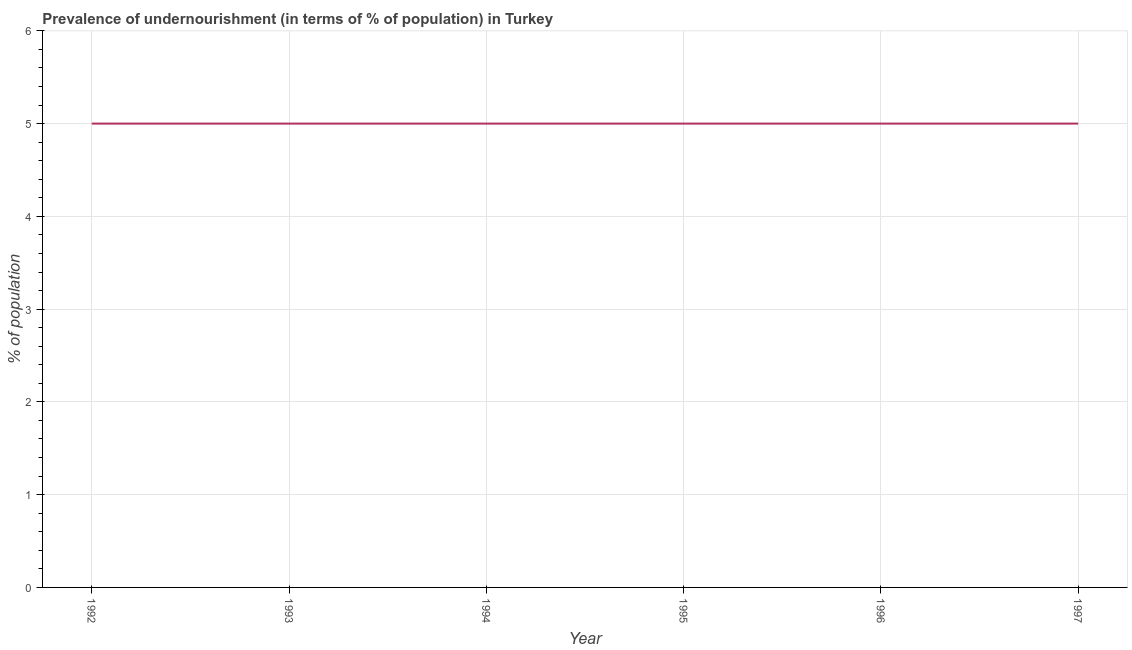
| Year | Prevalence of undernourishment |
 | --- | --- |
 | 1992 | 5 |
 | 1993 | 5 |
 | 1994 | 5 |
 | 1995 | 5 |
 | 1996 | 5 |
 | 1997 | 5 |